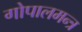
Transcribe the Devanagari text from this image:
गोपालमन्त्र